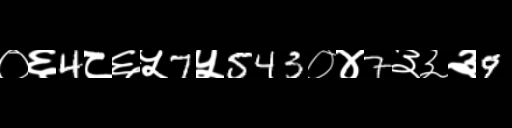
Text: ०६4८६५7५543०४7३३३9